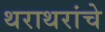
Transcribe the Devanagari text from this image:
थराथरांचे